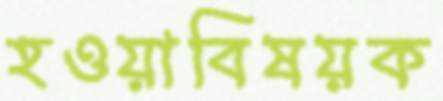
হওয়াবিষয়ক